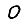
Digit: 0